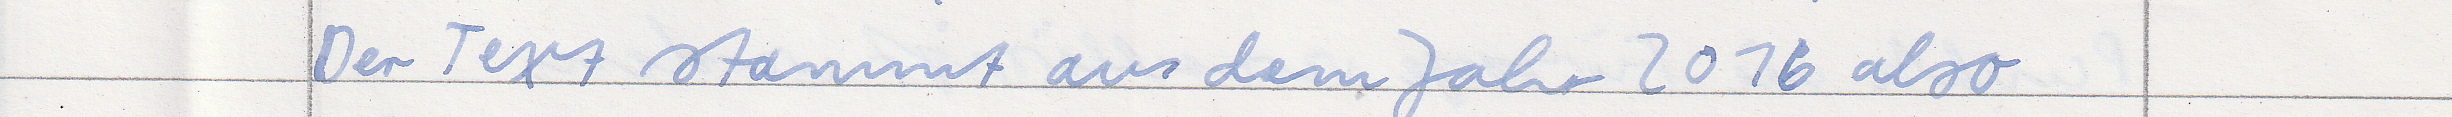
Der Text stammt aus dem Jahr 2016 also